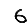
Digit: 6